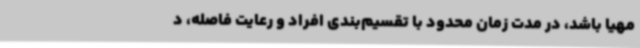
مهیا باشد، در مدت زمان محدود با تقسیم‌بندی افراد و رعایت فاصله، د